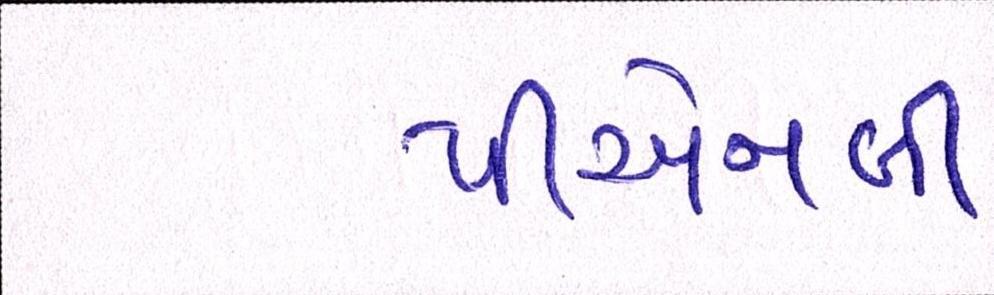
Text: પીએનબી